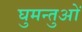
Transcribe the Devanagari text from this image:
घुमन्तुओं